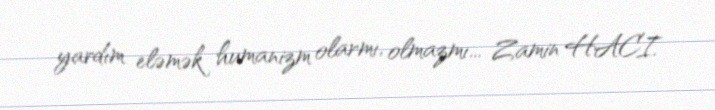
yardım eləmək humanizm olarmı, olmazmı... Zamin HACI.